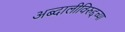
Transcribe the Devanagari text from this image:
अब्दालीविरुद्दच्या